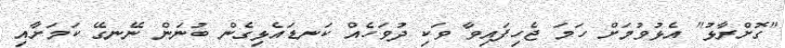
"ގޮށްރާޅު" އެޅުވުމަށް ހަމަ ޖެހިފައިވާ ވަކި ދުވަހެއް ކަނޑައެޅިގެން ބުނަން ނޭނގޭ ކަމަށާއި